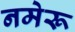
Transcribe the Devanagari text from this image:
नमेरू